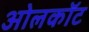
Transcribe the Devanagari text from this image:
ओलकॉट